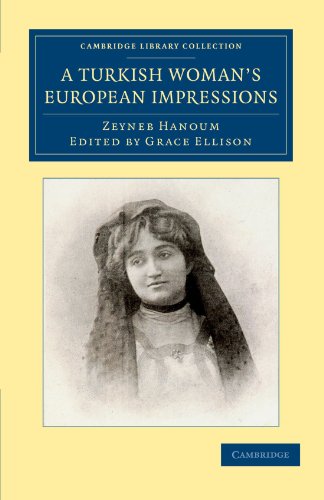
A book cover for A Turkish Woman's European Impressions (Cambridge Library Collection - European History); Zeyneb Hanoum; Travel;